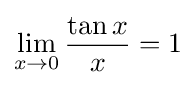
\lim _{x\to 0}{\frac {\tan x}{x}}=1